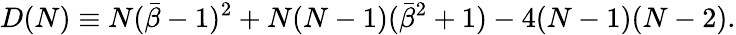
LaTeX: D(N)\equiv N({\bar{\beta}}-1)^{2}+N(N-1)({\bar{\beta}}^{2}+1)-4(N-1)(N-2).